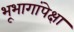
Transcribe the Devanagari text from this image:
भूभागांपेक्षा